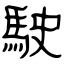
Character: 駛